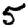
Digit: 5